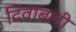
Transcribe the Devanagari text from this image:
दिवाबली